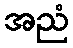
အညံ